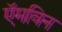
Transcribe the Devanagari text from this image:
ऍमविन